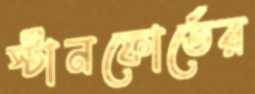
স্টানফোর্ডের